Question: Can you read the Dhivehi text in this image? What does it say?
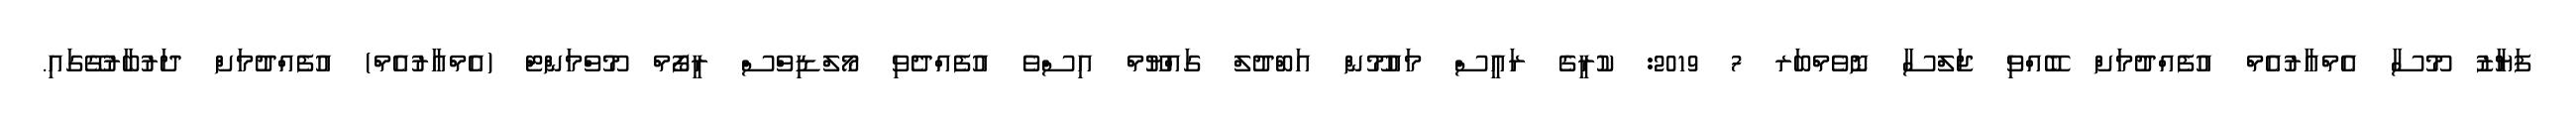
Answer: ފަޔާޒު މޫސާ އެމްއާރުއެމް އުފެއްދުމަށް ބޭއްވި ޖަލްސާ ނޮވެމްބަރ 7 2019: ކުރީގެ ރައީސް މައުމޫން އަބްދުލް ގައްޔޫމް އިސްވެ އުފެއްދެވި މޯލްޑިވްސް ރީފޯމް މޫވްމަންޓް (އެމްއާރުއެމް) އުފެއްދުމަށް ދަރުބާރުގޭގައި.